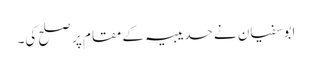
ابوسفیان نے حدیبیہ کے مقام پر صلح کی۔